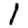
Digit: 1